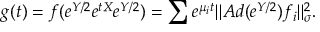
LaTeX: \displaystyle { g ( t ) = f ( e ^ { Y / 2 } e ^ { t X } e ^ { Y / 2 } ) = \sum e ^ { \mu _ { i } t } \| A d ( e ^ { Y / 2 } ) f _ { i } \| _ { \sigma } ^ { 2 } . }